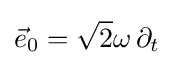
{\vec {e}}_{0}={\sqrt {2}}\omega \,\partial _{t}